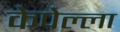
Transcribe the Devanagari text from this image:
केपेल्ला